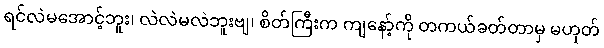
ရင်လဲမအောင့်ဘူး၊ လဲလဲမလဲဘူးဗျ၊ စိတ်ကြီးက ကျနော့်ကို တကယ်ခတ်တာမှ မဟုတ်